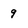
Character: 9